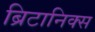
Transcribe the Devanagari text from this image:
ब्रिटानिक्स